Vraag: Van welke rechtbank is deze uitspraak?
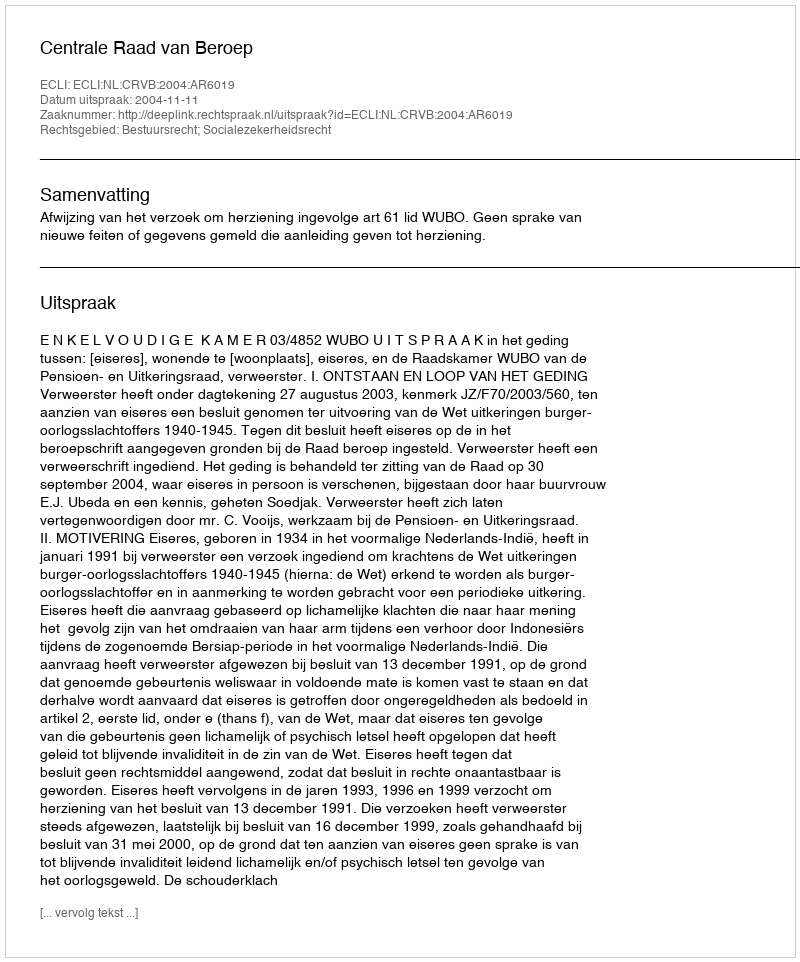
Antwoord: Centrale Raad van Beroep